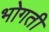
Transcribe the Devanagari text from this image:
भोगती